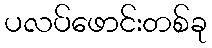
ပလပ်ဖောင်းတစ်ခု